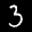
Label: 3